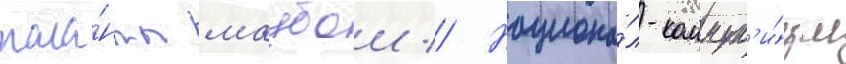
тала́нты маубои // Национа́л-коммун'и́зм